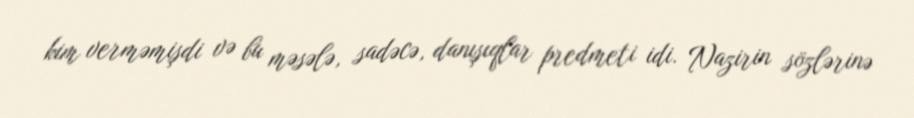
kim verməmişdi və bu məsələ, sadəcə, danışıqlar predmeti idi. Nazirin sözlərinə